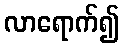
လာရောက်၍